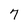
Character: 7